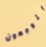
يتوجهون